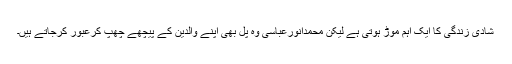
شادی زندگی کا ایک اہم موڑ ہوتی ہے لیکن محمدانورعباسی وہ پُل بھی اپنے والدین کے پیچھے چھُپ کرعبور کرجاتے ہیں۔